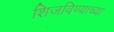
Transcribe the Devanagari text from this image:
शिजविण्याच्या